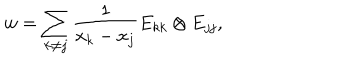
w = \sum _ { k \neq j } \frac { 1 } { x _ { k } - x _ { j } } E _ { k k } \otimes E _ { j j } ,